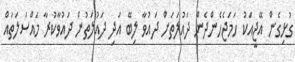
ގުޅިގެން އޭޖީއަކު ހަމަޖެހެންދެން ދައުލަތަށް ދައުވާ ލިބޭ އަދި ދައުލަތުން ދައުވާކުރާ މައްސަލަތައް